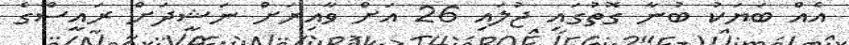
އެއް ބަޔަކު ބުނާ ގޮތުގައި ޖުލައި 26 އަށް ވާއިރަށް ނަޝީދަށް ރައީސްގެ